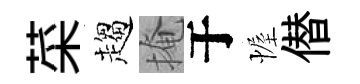
菜趨掩于幄僣